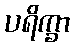
ပရိက္ခာ